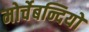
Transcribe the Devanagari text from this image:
मोर्चेबन्दियों